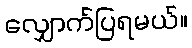
လျှောက်ပြရမယ်။